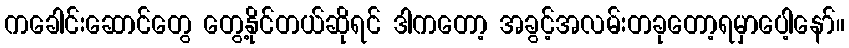
ကခေါင်းဆောင်တွေ တွေ့နိုင်တယ်ဆိုရင် ဒါကတော့ အခွင့်အလမ်းတခုတော့ရမှာပေါ့နော်။